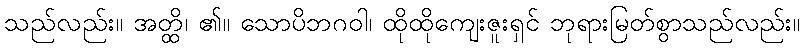
သည်လည်း။ အတ္ထိ၊ ၏။ သောပိဘဂဝါ၊ ထိုထိုကျေးဇူးရှင် ဘုရားမြတ်စွာသည်လည်း။